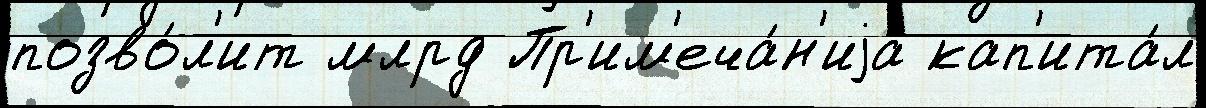
позво́л'ит млрд Пр'им'еча́н'иjа кап'ита́л